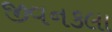
જીવનકલા